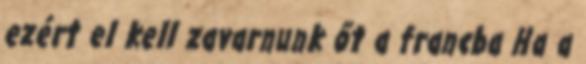
ezért el kell zavarnunk őt a francba Ha a